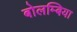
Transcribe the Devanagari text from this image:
बोलम्बिया